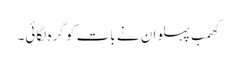
کھمب پہلوان نے بات کو گرہ لگائی۔